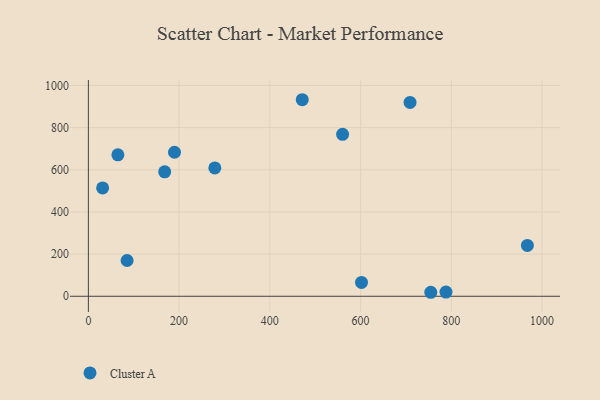
{"axis": {"x": "Engine Size", "y": "Profit"}, "legend": ["Cluster A"], "data": [{"x": "560.3", "y": 768.2, "type": "Cluster A"}, {"x": "709.0", "y": 919.5, "type": "Cluster A"}, {"x": "788.2", "y": 19.8, "type": "Cluster A"}, {"x": "602.0", "y": 65.5, "type": "Cluster A"}, {"x": "31.4", "y": 514.0, "type": "Cluster A"}, {"x": "168.2", "y": 590.6, "type": "Cluster A"}, {"x": "967.6", "y": 241.2, "type": "Cluster A"}, {"x": "754.7", "y": 19.0, "type": "Cluster A"}, {"x": "189.8", "y": 683.2, "type": "Cluster A"}, {"x": "278.7", "y": 608.9, "type": "Cluster A"}, {"x": "471.4", "y": 932.4, "type": "Cluster A"}, {"x": "65.0", "y": 671.1, "type": "Cluster A"}, {"x": "85.3", "y": 169.7, "type": "Cluster A"}]}